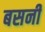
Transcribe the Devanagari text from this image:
बसनीं